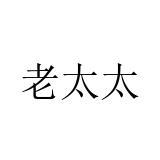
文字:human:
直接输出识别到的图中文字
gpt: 老太太